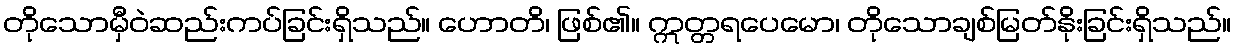
တိုသောမှီဝဲဆည်းကပ်ခြင်းရှိသည်။ ဟောတိ၊ ဖြစ်၏။ ဣတ္တရပေမော၊ တိုသောချစ်မြတ်နိုးခြင်းရှိသည်။